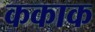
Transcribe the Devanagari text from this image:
ककाक